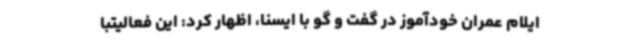
ایلام عمران خودآموز در گفت و گو با ایسنا، اظهار کرد: این فعالیتبا